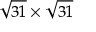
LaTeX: { \sqrt { 3 1 } } \times { \sqrt { 3 1 } }